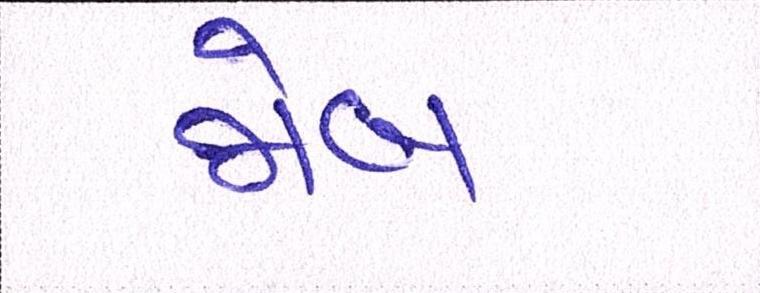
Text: જોબ